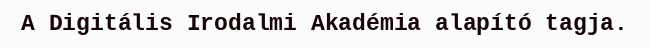
A Digitális Irodalmi Akadémia alapító tagja.